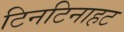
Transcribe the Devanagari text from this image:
टिनटिनाहट